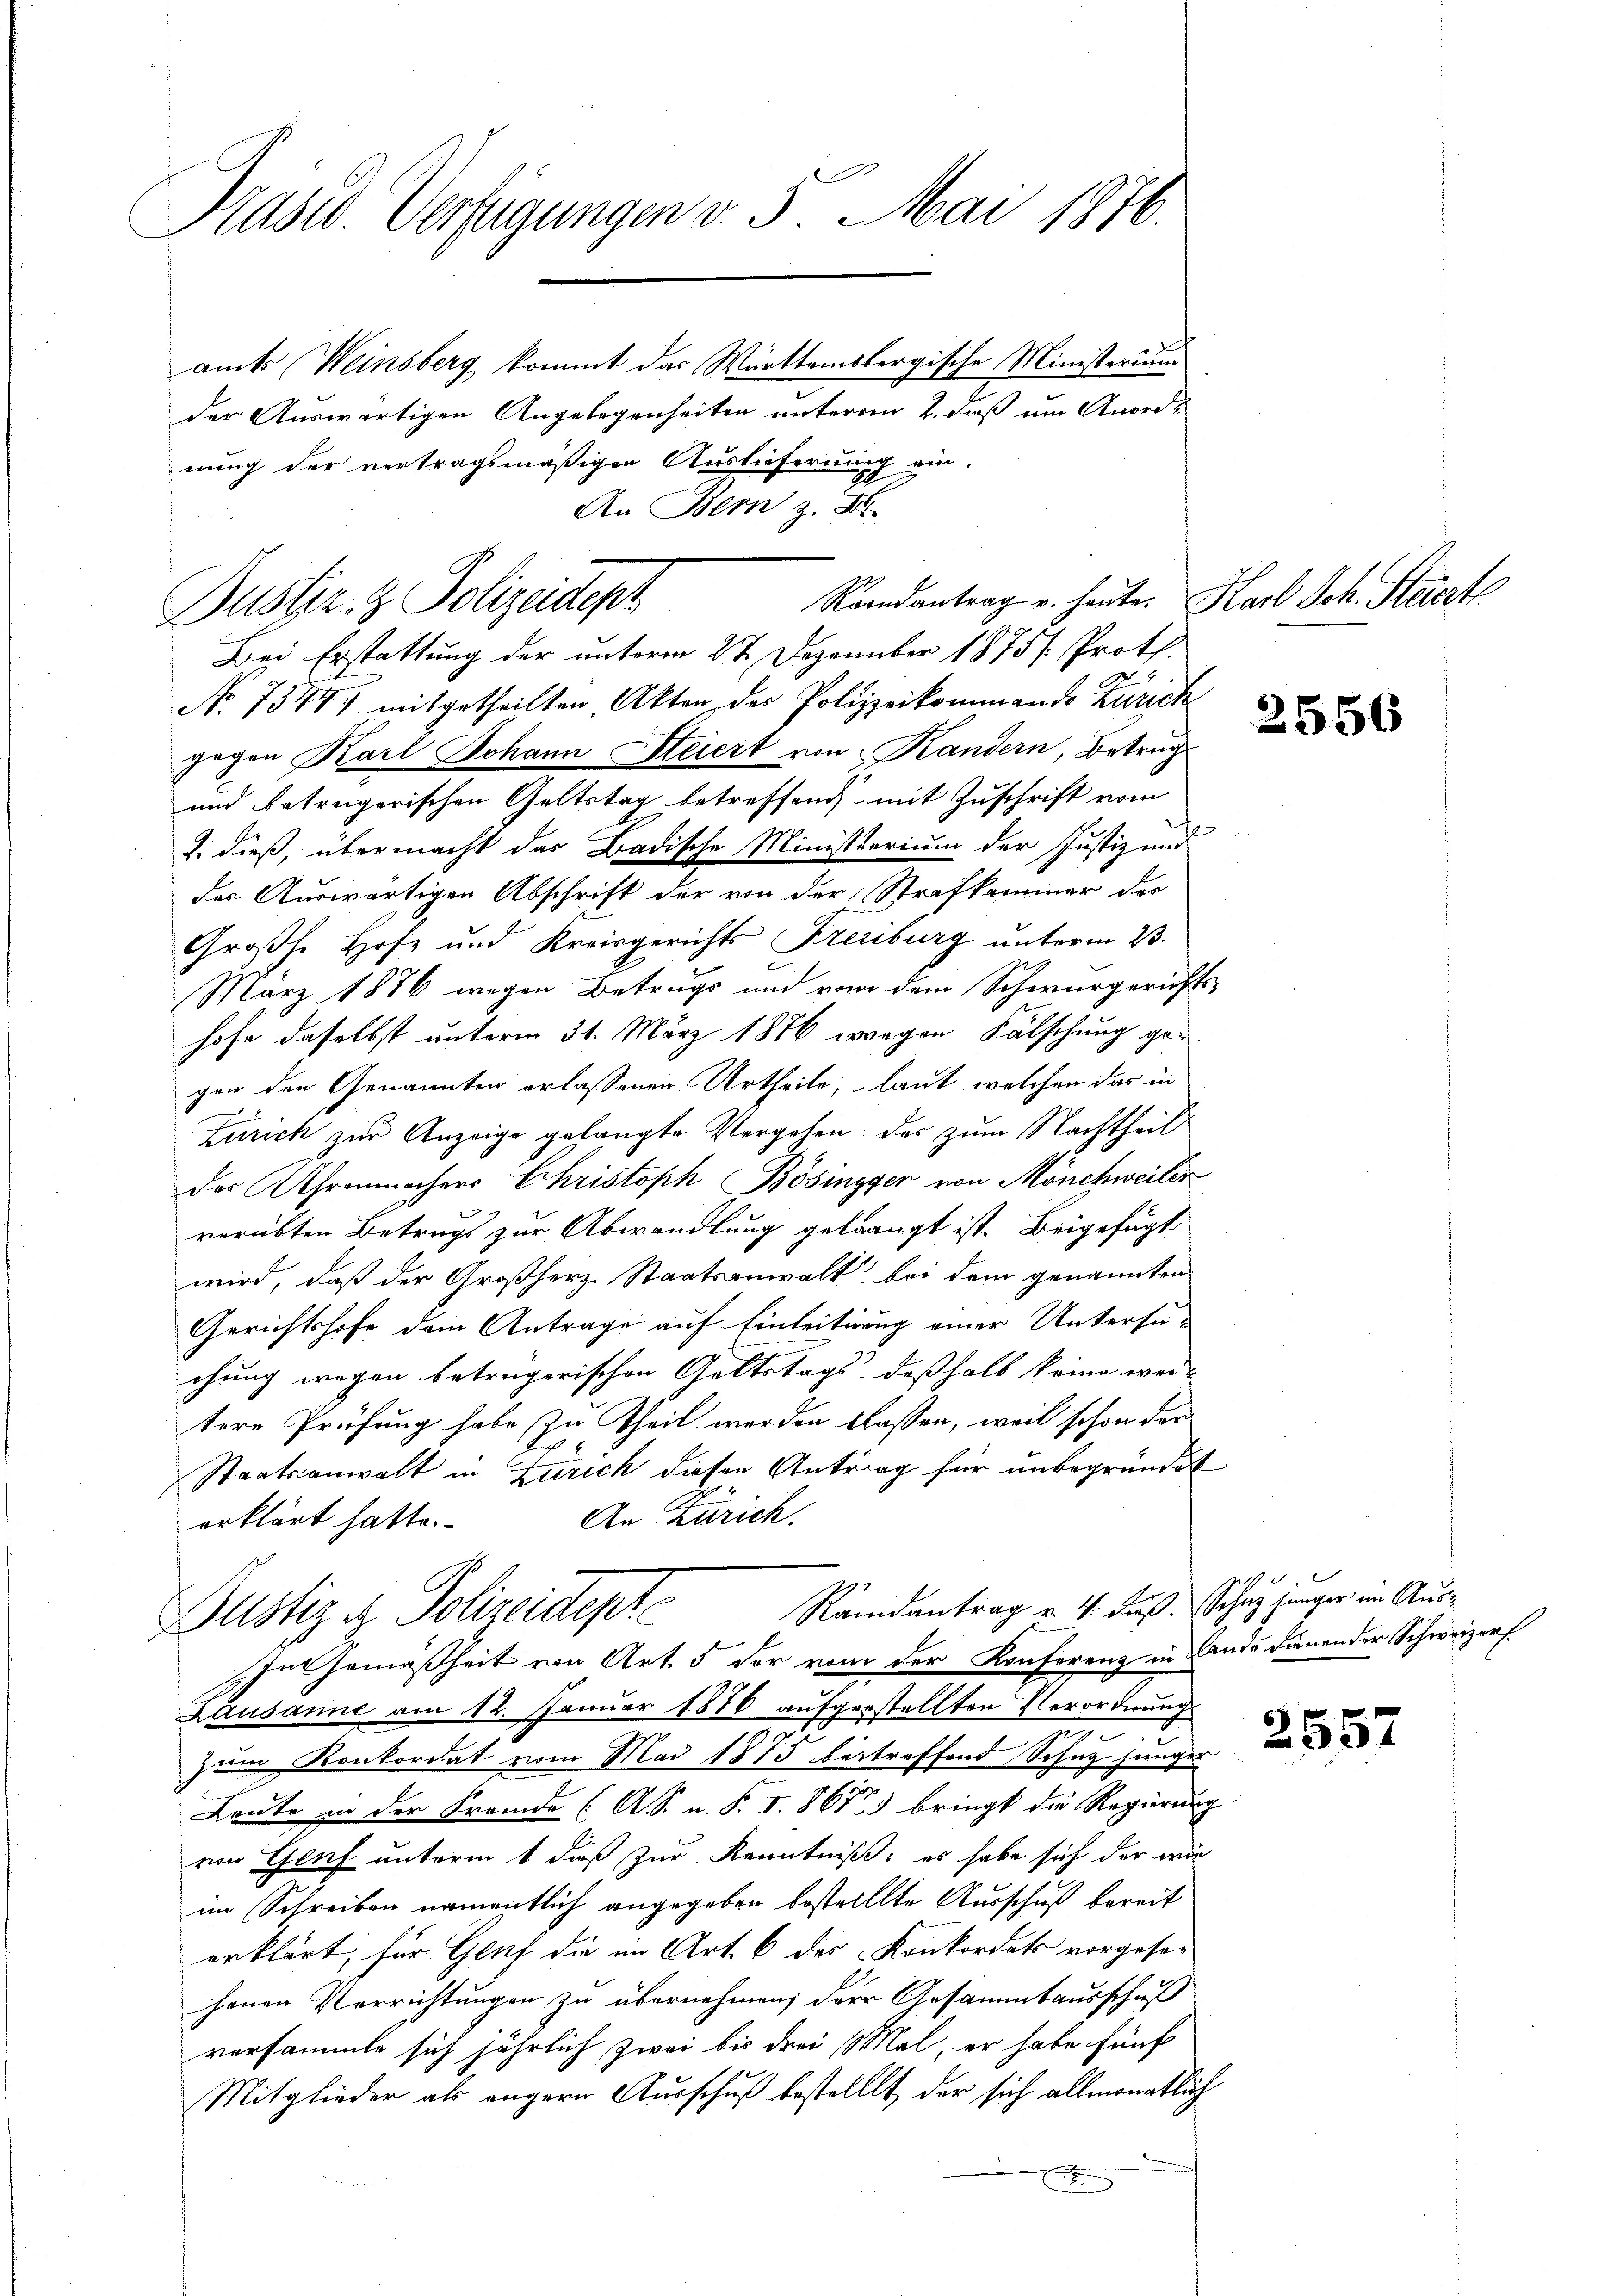
Präsid. Verfügungen v. 5. Mai 1876.
amts Weinsberg kommt das Württembergische Ministerium

der Auswärtigen Angelegenheiten unterren 2. daß um Anordnung der vertragsmäßigen Auslieferung ein-
An Bern z. B.

Randantrag u. heute. Karl Sch. Steierte
Bustiz- & Polizeidept
Bei Erstattung der unterm 27. Dezember 1875 /: Proth.
8

No 75441 mitgetheilten Akten der Polizeikommando Zürich
gegen Karl Johann Steiert von Kandern, Betrug
und betreigerischen Geltstag betreffend mit Zuschrift vom
2. dieß, übermacht das Badische Ministerium der Justiz und
des Auswärtigen Abschrift der von der Strafkommer der
Großh. Hofz und Kreisgerichts Freiburg unterm 23.
März 1886 wegen Betrugs und von dem Schwurgerichts-
hofe daselbst unterm 31. März 1876 wegen Fälschung gegen den Genannten erlassenen Urtheile, laut welchen das in
Zürich zur Anzeige gelangte Vergehen, das zum Nachtheil
der Uhrenmachers Christoph Bösingger von Mönchweiler
verübten Betrugs zur Abwandlung gelangt ist. Beigefügt
wird, daß der Großherz-Staatsanwalt bei dem genannten
Gerichtshofe dem Antrage auf Einleitig einer Untersu-
chung wegen beträgerischen Geltstags, deßhalb keine wei-
tere Prüfung habe zu Theil werden blassen, weil schon der
E
Staatsanwalt in Zürich dieser Antrag für unbegründet
An Zürich.
erklärt hatte.
Randantrag v. 4. Fuß. Schaz jünger im Aus¬
Justiz & Polizeidente

In Gemäßheit von Art. 5 der vom der Konferenz in Lando dienender Schweizerf

Lausanne am 12. Januar 1876 aufgestellten Verordnung
Zum Konkordat vom Mai 1875 betreffend Schug junger
Leute in der Fremde (AS. u. S. I. 867 bringt die Regierung
von Genf unterm 1 dieß zur Kenntniß, es habe sich der wir
im Schreiben namentlich angegeben bestellte Ausschuß bereit
erklärt, für Genf die im Art. 6 des Konkordats vorgesehenen Verrichtungen zu übernehmen; der Gesammtausschuß
versammte sich jährlich zwei bis drei Mal, er habe fünf
Mitglieder als angern Ausschuß bestellt, der sich allmonatlich
E

2556

2557